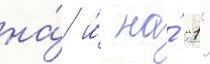
на́ и́ на́ "1"